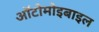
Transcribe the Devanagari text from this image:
ऑटोमोइबाइल